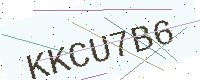
Text: KKCU7B6